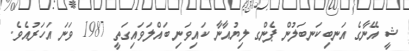
ޝީ އޭނާގެ އަނބިކަނބަލުން ޕެންގ ލިޔުއާނާ ކައިވަނި ބައްލަވައިގަތީ 1987 ވަނަ އަހަރުއެވެ.